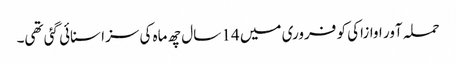
حملہ آور اوازاکی کو فروری میں 14 سال چھ ماہ کی سزا سنائی گئی تھی۔